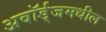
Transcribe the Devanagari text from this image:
अवॉर्ड्‌जमधील